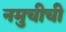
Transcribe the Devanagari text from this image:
नमुचीची